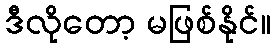
ဒီလိုတော့ မဖြစ်နိုင်။